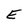
Character: E